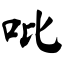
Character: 吡